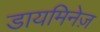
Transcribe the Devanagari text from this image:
डायमिनेज़